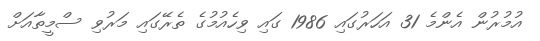
އުމުރުން އެންމެ 31 އަހަރުގައި 1986 ގައި ވިހެއުމުގެ ތެރޭގައި މަރުވި ސްމީތާއަށް